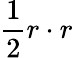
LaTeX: \frac{1}{2}r\cdot r